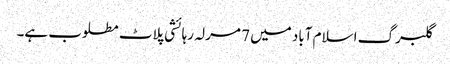
گلبرگ اسلام آباد میں 7 مرلہ رہائشی پلاٹ مطلوب ہے۔